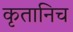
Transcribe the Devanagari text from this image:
कृतानिच